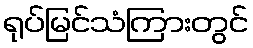
ရုပ်မြင်သံကြားတွင်